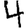
Digit: 4